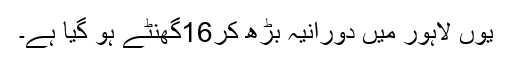
یوں لاہور میں دورانیہ بڑھ کر16گھنٹے ہو گیا ہے۔